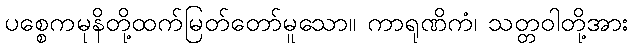
ပစ္စေကမုနိတို့ထက်မြတ်တော်မူသော။ ကာရုဏိကံ၊ သတ္တဝါတို့အား